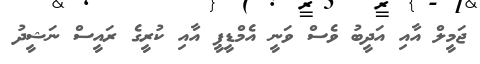
ޖަމީލް އާއި އަދީބު ވެސް ވަނީ އެމްޑީޕީ އާއި ކުރީގެ ރައީސް ނަޝީދު